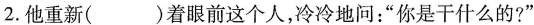
2.他重新( )着眼前这个人，冷冷地问：”你是干什么的?”